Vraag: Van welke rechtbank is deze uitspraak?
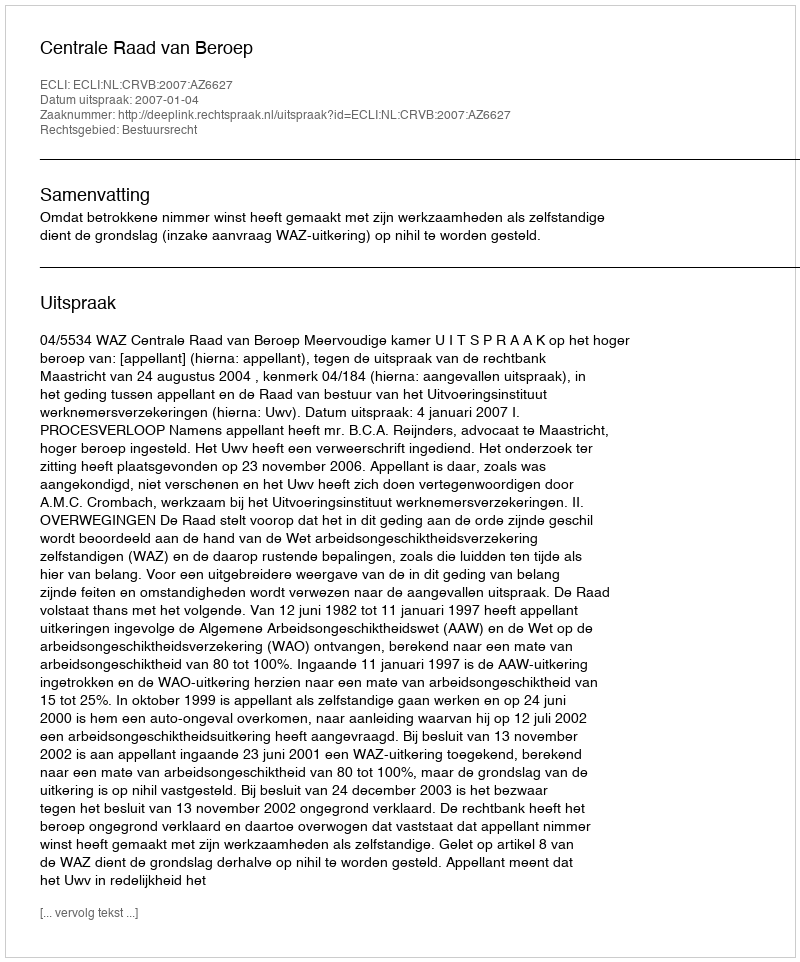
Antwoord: Centrale Raad van Beroep